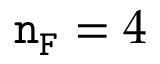
\mathtt { n _ { F } } = 4